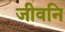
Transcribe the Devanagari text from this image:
जीवनि